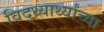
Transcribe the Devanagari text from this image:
विद्ध्यार्थ्यांच्या